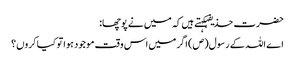
حضرت حذیفہکہتے ہیں کہ میں نے پوچھا:
اے اللہ کے رسول(ص) اگر میں اس وقت موجود ہوا تو کیا کروں؟